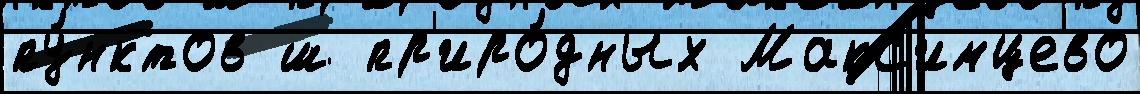
пу́нктов ш пр'иро́дных Макс'имцево